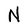
Character: N